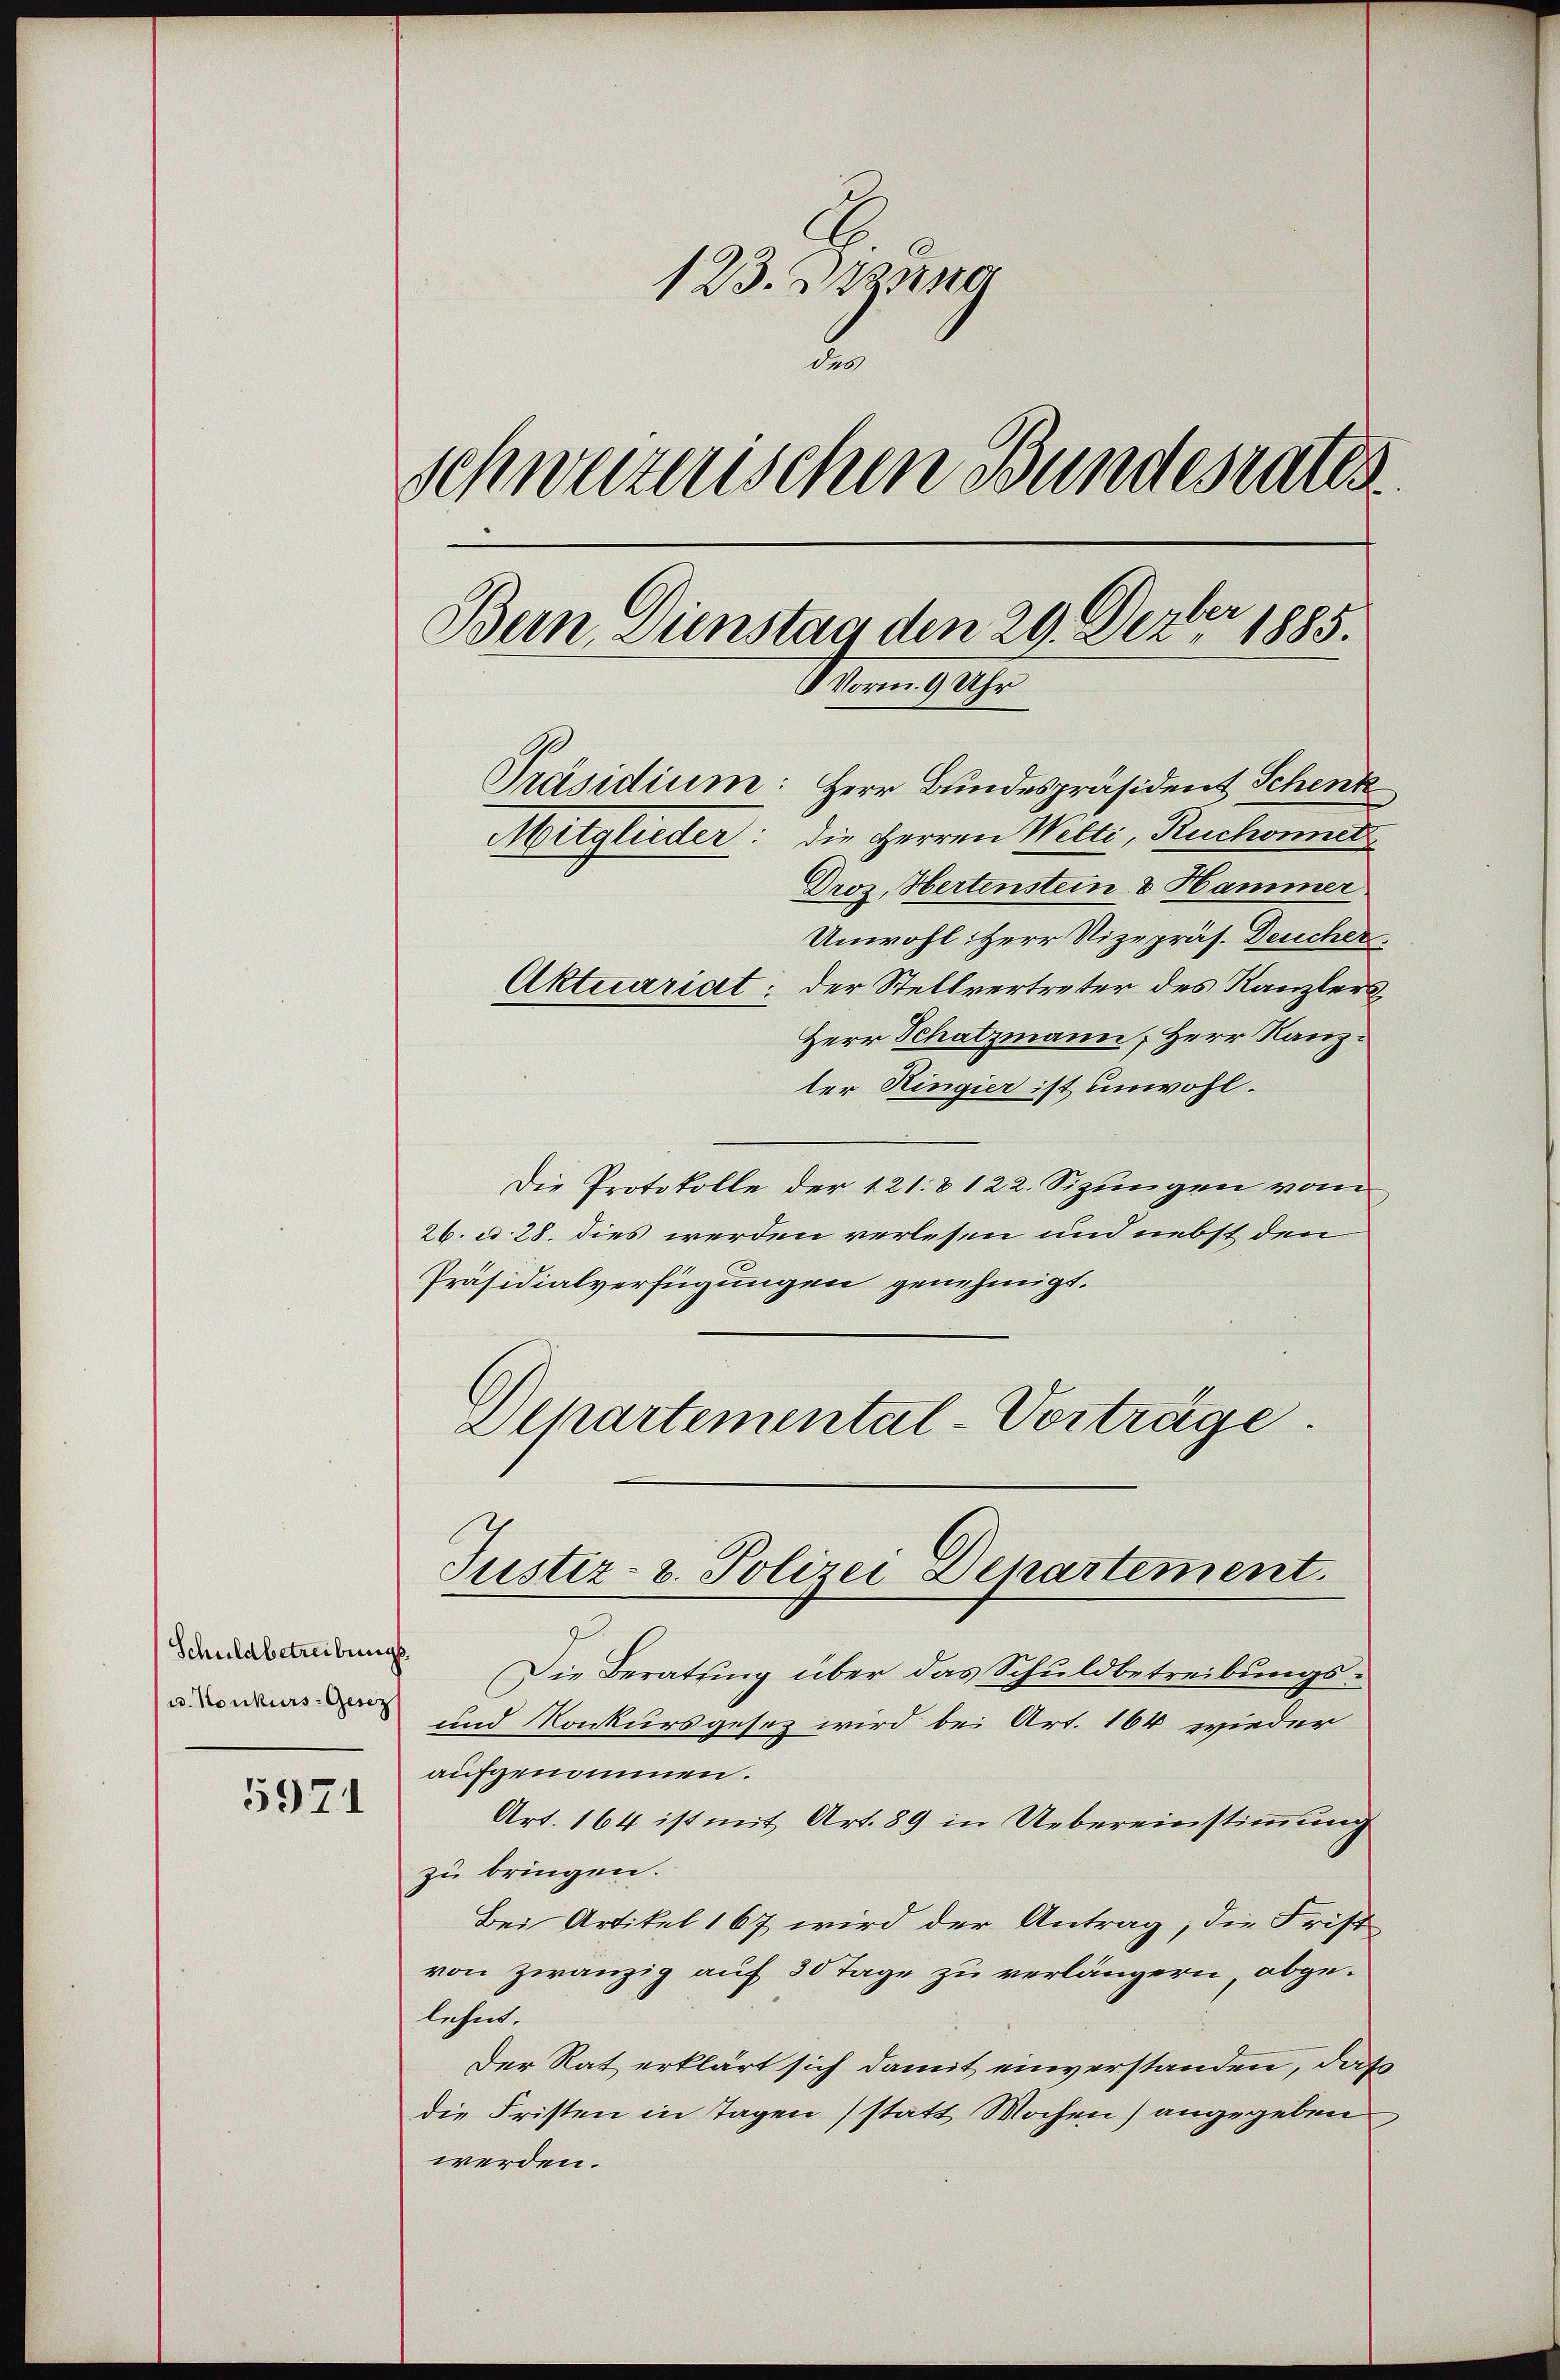
Schuldbetreibungs
u. Konkurs-Gesez

5971

123. Jung
schweizerischen Bundesrates.
Bern, Dienstag den 29. Der
 1885.
Vorm. 9 Uhr
Präsidium: Herr Bundespräsident Schenk
Mitglieder: die Herren Welti, Ruchonnet
Droz. Hertenstein & Hammer

Unwohl Herr Vizepräs. Deucher.
Aktuariat: der Stellvertreter des Kanzlers
Herr Schatzmann, Herr Kanzter Ringier ist unwohl.
Die Protokolle der 121. & 122. Sizungen vom
26. d. 28. dies werden verlesen und nebst den
Präsidialverfügungen genehmigt.
Justiz- u. Polizei Departement.
Die Beratung über das Schuldbetreibungs¬
und Konkursgesez wird bei Art. 164 wieder
aufgenommen.
Art. 164 ist mit Art. 89 in Uebereinstimmung
zu bringen.
Bei Artikel 167 wird der Antrag, die Frist
von zwanzig auf 30 Tage zu verlängern, abgelehnt.
Der Rat erklärt sich damit einverstanden, daß
die Fristen in Tagen (statt Wochen) angegeben
werden.

Departemental-Vorträge.